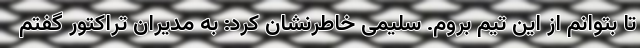
تا بتوانم از این تیم بروم. سلیمی خاطرنشان کرد: به مدیران تراکتور گفتم